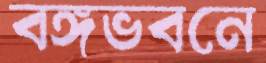
বঙ্গভবনে